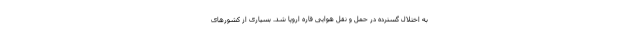
به اختلال گسترده در حمل و نقل هوایی قاره اروپا شد. بسیاری از کشورهای